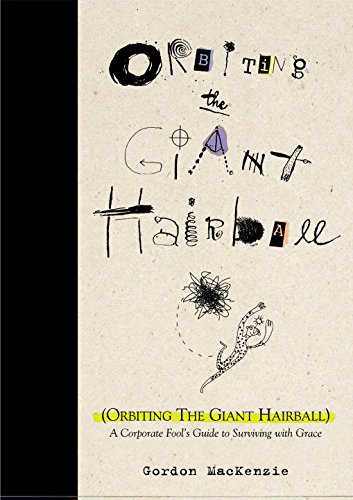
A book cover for Orbiting the Giant Hairball: A Corporate Fool's Guide to Surviving with Grace; Gordon MacKenzie; Humor & Entertainment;